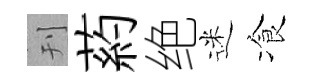
刊葯绝迷飡